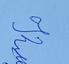
Signature authenticity: genuine